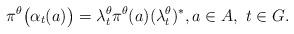
LaTeX: \begin{align*} \pi^\theta \big(\alpha_t(a) \big) = \lambda^\theta_t \pi^\theta(a) (\lambda^\theta_t)^* ,a \in A,\ t \in G .\end{align*}